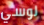
لوسي